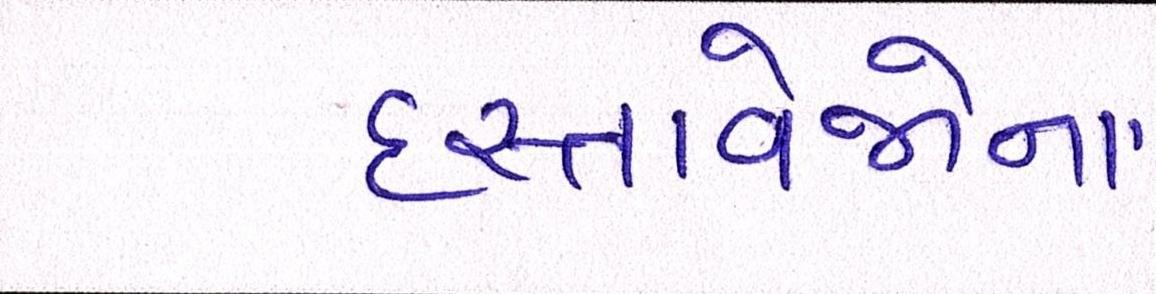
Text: દસ્તાવેજોના